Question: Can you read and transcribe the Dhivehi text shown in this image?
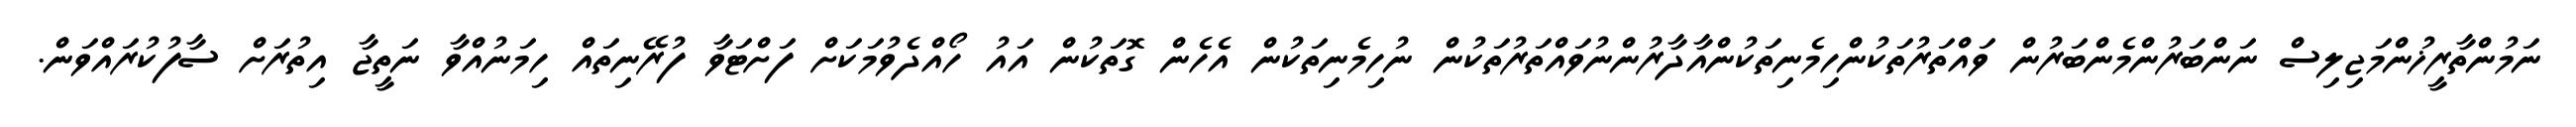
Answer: ނަމުންތާރީޚުންމަޖިލިސް ނަންބަރުންމެންބަރުން ވައްތަރުތަކުންހިމެނިތަކުންއާދާރުންނުވައްތަރުތަކުން ނުހިމެނިތަކުން އެހެން ގޮތަކުން އައު ހޯއްދެވުމަކަށް ފަށްޓަވާ ފުރޭނިތައް ހިމަނުއްވާ ނަތީޖާ އިތުރަށް ސާފުކުރައްވަން.